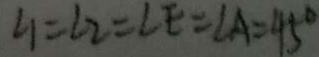
\angle 1 = \angle 2 = \angle E = \angle A = 4 5 ^ { \circ }